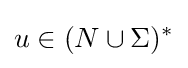
u\in (N\cup \Sigma )^{*}